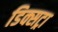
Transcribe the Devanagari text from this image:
डिक्सट्रा